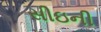
સીઇની